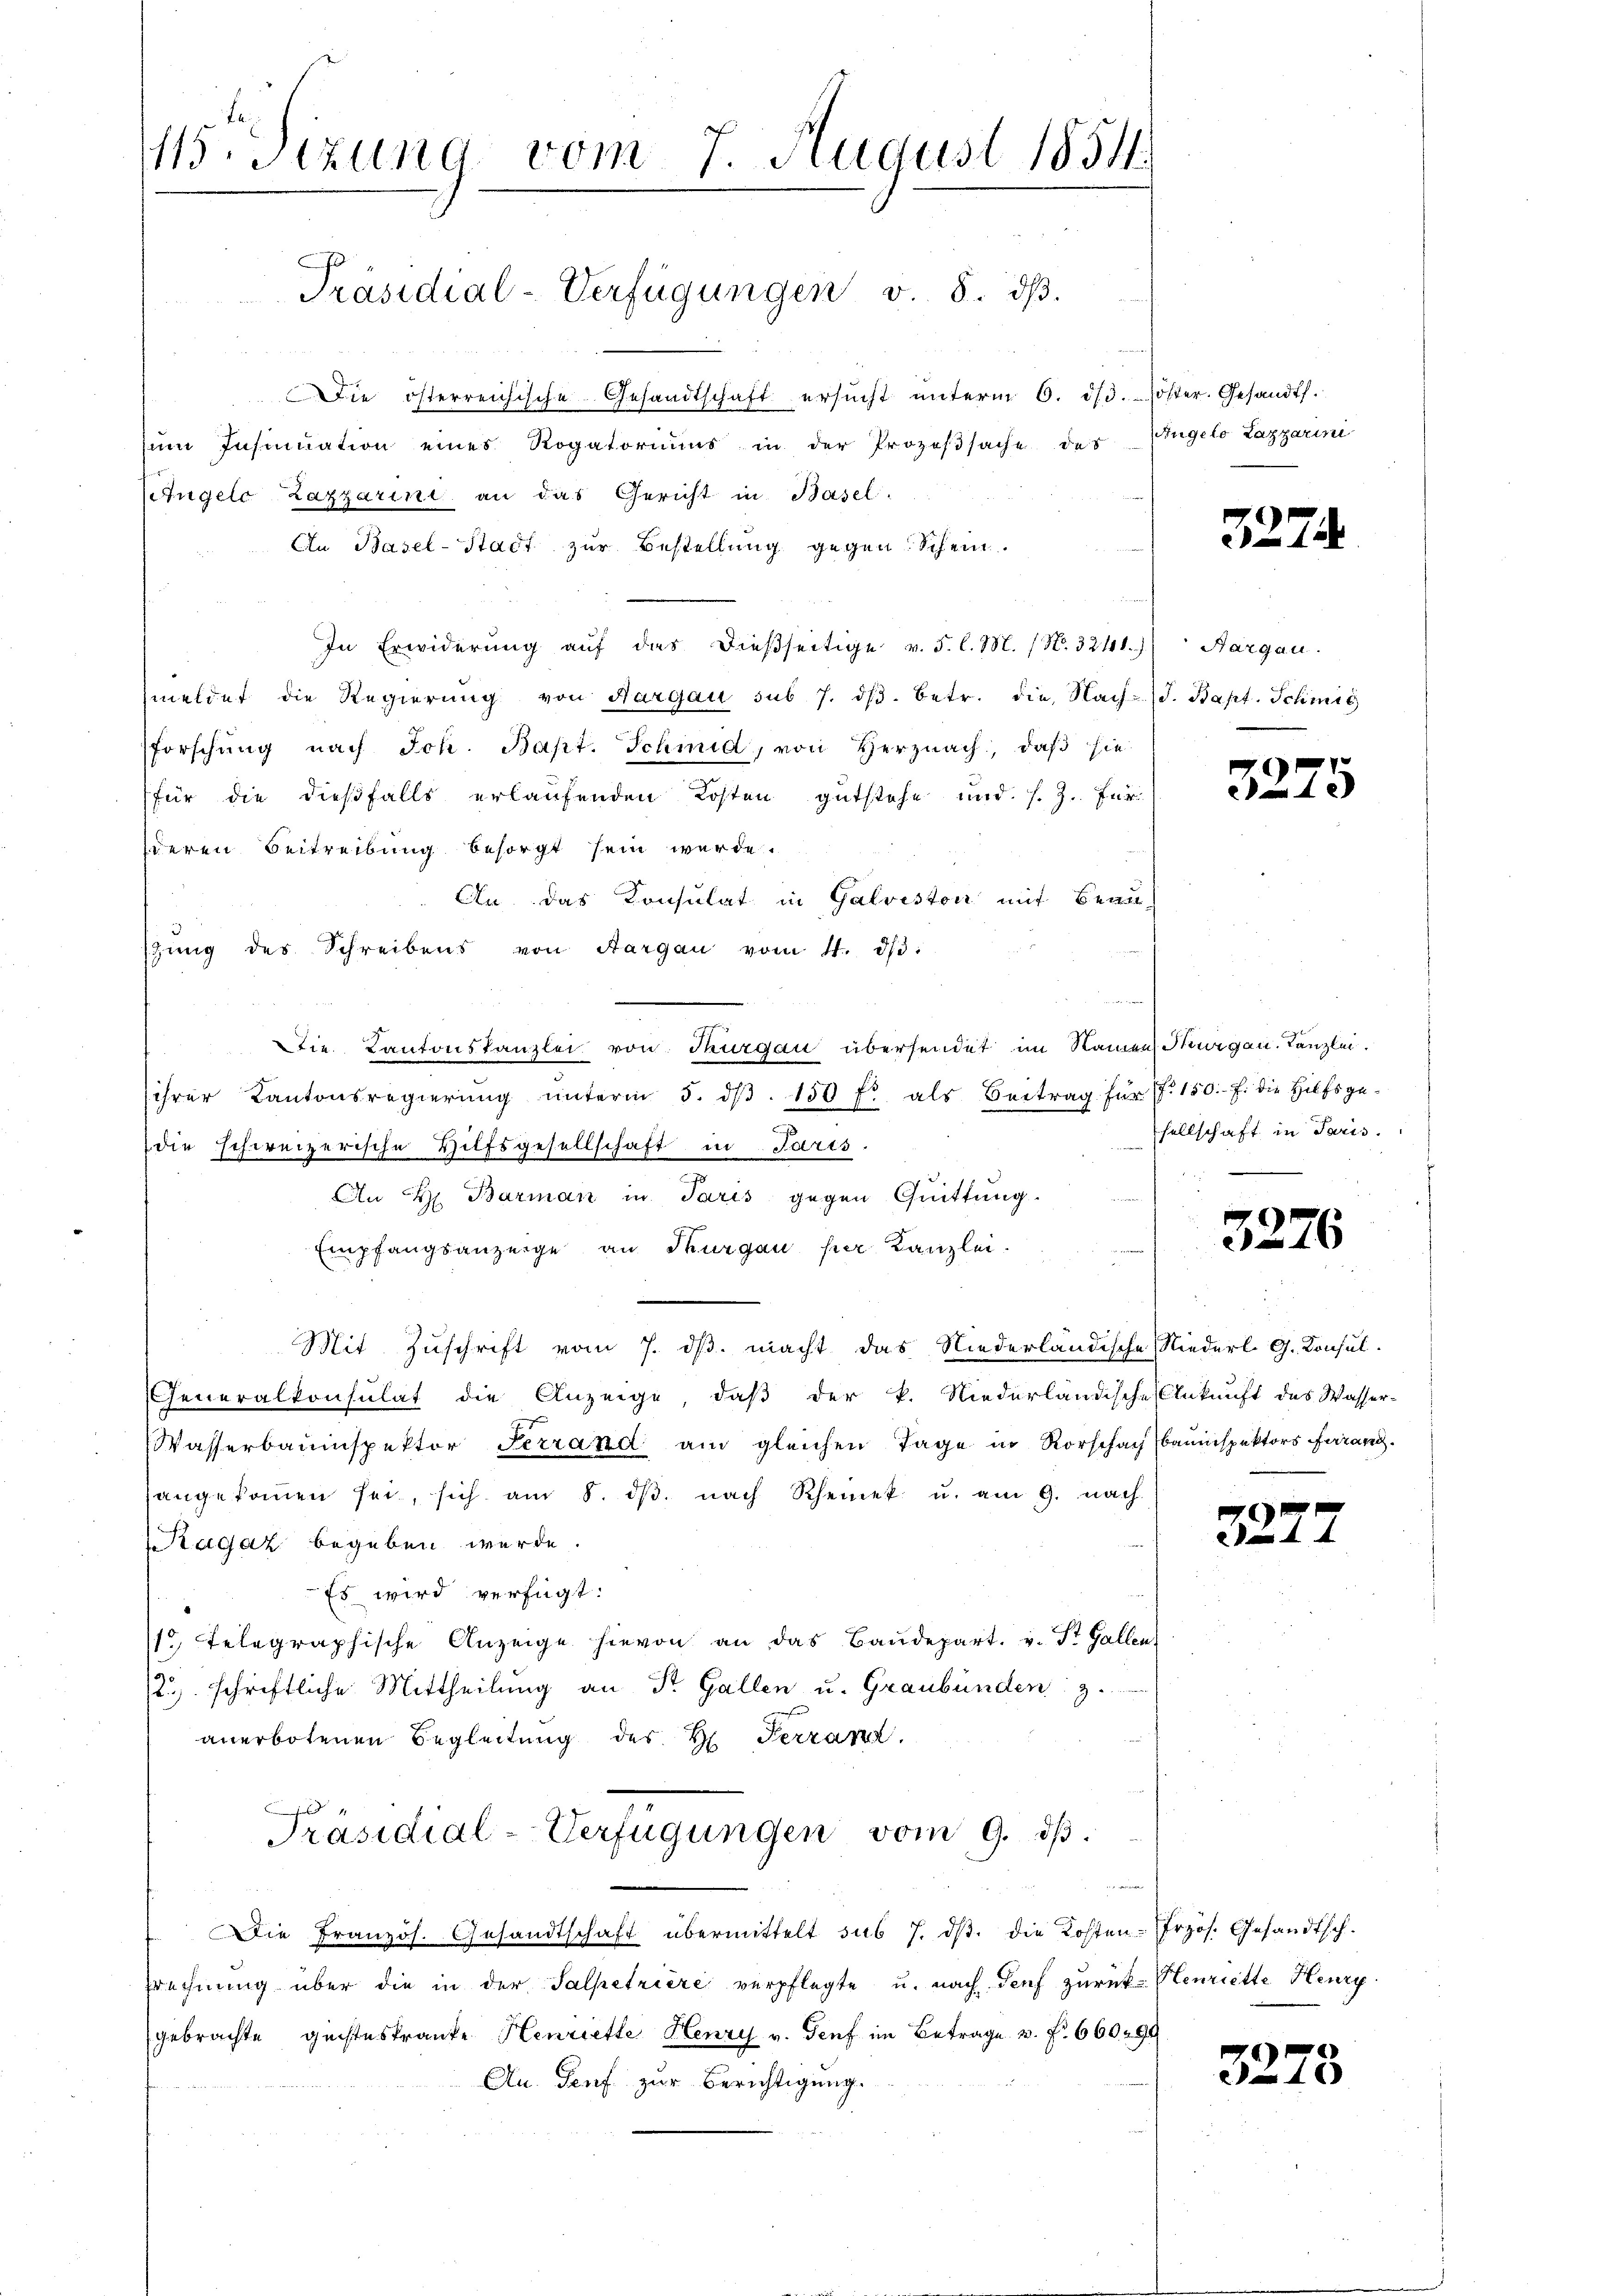
115. Sizung vom 7. August 1854.
f

Die österreichische Gesandtschaft ersucht unterm 6. 1/3. Poster. Gesandt.
um Insinuation eines Rogatoriums in der Prozeβsache des
Ctügelc Zazzarini an das Gericht in Basel-
An Basel-Stadt zur Bestellung gegen Schein.
In Erwiderŭng aŭf das dießseitige v. 5. l. M. (N. 3241) Aargau.
meldet die Regierung von Aargau sub 7. dβ. betr. die Nach (S. Bapt. Schmit
forschŭng nach Joh. Bapt. Schmid, von Herznach, daβ sie
(für die dießfalls erlaufenden Kosten gutstehe und s. Z. für
deren Beitreibung besorgt sein werde.
An das Konsulat in Galveston mit Beau-
stung des Schreibens von Aargau vom 4. dβ.
Dtie. Kantonskanzlei von Thurgau übersendet im Namen Thurgau, Kanzlei.
ihrer Kantonsregierŭng ŭnterm 5. dβ. 150 fl als Beitrag für P. 150.- 7. die Hilfsge-
die schweizerische Hilfsgesellschaft in Paris.
An H. Barman in Paris gegen Quittung.
Empfangsanzeige an Thurgau her Kanzlei.
Mit Zuschrift vom 7. ds. macht das Niederländische Niederl. G. Konsul-
Generalkonsulat die Anzeige, daß der k. Niederländische Ankunft des Wasser-
Wasserbauinspektor Ferrand am gleichen Tage in Rorschachbauinspektors Franz.
angekoṁen sei, sich am 8. dβ nach Rheinek u. am 9. nach
Ragaz begeben werde.
Es wird verfügt:
1 Telegraphische Anzeige hievon an das Baudepart. v. St. Gallen
/2 schriftliche Mittheilung an Sr. Gallen u. Graubünden 3.
anerbotenen Begleitung des H. Ferranz.
Präsidial-Verfügungen vom 9. dβ.

Die Französ. Gesandtschaft übermittelt sub 7. dβ. die Kosten-Frzös. Gesandtsch.
srechnung über die in der Salpetriere verpflegte u. nach Genf zurück- Henriette Henry
gebrachte geisteskranke Henriette Henry v. Genf im Betrage v. f. 660290
An. Genf zur Berichtigung.

Präsidial-Verfügungen v. 8. dβ.

Angelo Lazarini

3274

3275

sellschaft in Paris.

3276

3277

3273